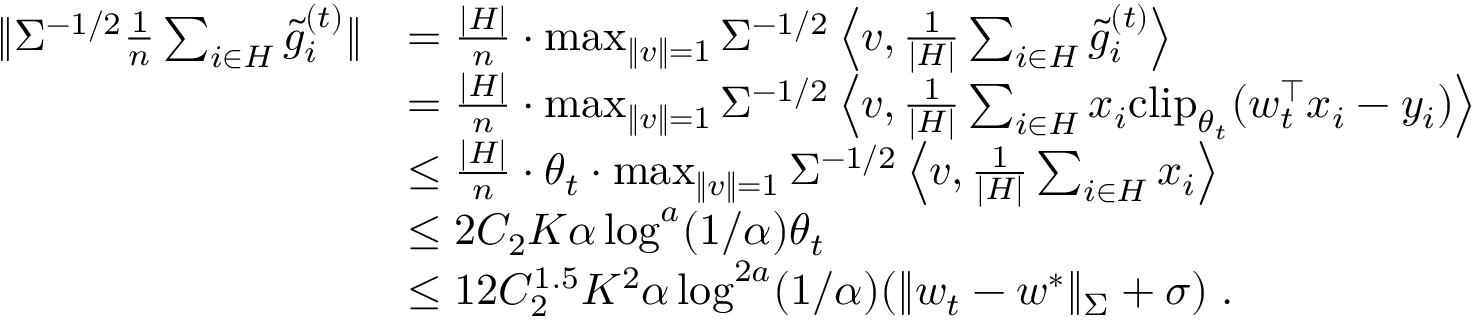
\begin{array} { r l } { \| \Sigma ^ { - 1 / 2 } \frac { 1 } { n } \sum _ { i \in H } \tilde { g } _ { i } ^ { ( t ) } \| } & { = \frac { | H | } { n } \cdot \operatorname* { m a x } _ { \| v \| = 1 } \Sigma ^ { - 1 / 2 } \left\langle v , \frac { 1 } { | H | } \sum _ { i \in H } \tilde { g } _ { i } ^ { ( t ) } \right\rangle } \\ & { = \frac { | H | } { n } \cdot \operatorname* { m a x } _ { \| v \| = 1 } \Sigma ^ { - 1 / 2 } \left\langle v , \frac { 1 } { | H | } \sum _ { i \in H } x _ { i } \mathrm { c l i p } _ { \theta _ { t } } ( w _ { t } ^ { \top } x _ { i } - y _ { i } ) \right\rangle } \\ & { \leq \frac { | H | } { n } \cdot \theta _ { t } \cdot \operatorname* { m a x } _ { \| v \| = 1 } \Sigma ^ { - 1 / 2 } \left\langle v , \frac { 1 } { | H | } \sum _ { i \in H } x _ { i } \right\rangle } \\ & { \leq 2 C _ { 2 } K \alpha \log ^ { a } ( 1 / \alpha ) \theta _ { t } } \\ & { \leq 1 2 C _ { 2 } ^ { 1 . 5 } K ^ { 2 } \alpha \log ^ { 2 a } ( 1 / \alpha ) ( \| w _ { t } - w ^ { * } \| _ { \Sigma } + \sigma ) \; . } \end{array}